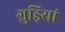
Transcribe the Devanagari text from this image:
ग़ुड़ियां